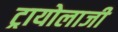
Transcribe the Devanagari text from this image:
ट्रायोलाजी